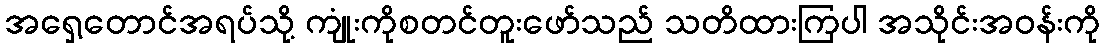
အရှေ့တောင်အရပ်သို့ ကျုံးကိုစတင်တူးဖော်သည် သတိထားကြပါ အသိုင်းအဝန်းကို